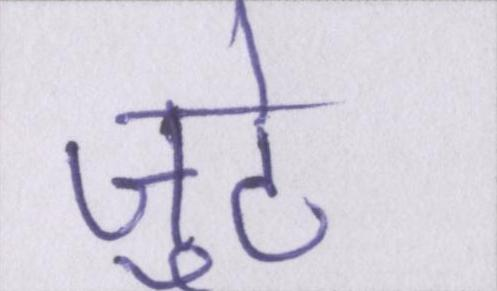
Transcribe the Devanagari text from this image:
जुटे